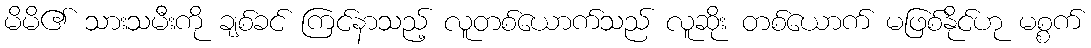
မိမိ၏ သားသမီးကို ချစ်ခင် ကြင်နာသည့် လူတစ်ယောက်သည် လူဆိုး တစ်ယောက် မဖြစ်နိုင်ဟု မစ္စက်